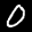
Label: 0